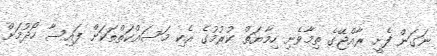
ނަގަން ފެށީ ރާއްޖޭގެ ތިމާވެށި ހިމާޔަތް ކުރުމުގެ އެކި މަސައްކަތްތަކަށް ފައިސާ ހޯދުމަށް